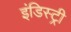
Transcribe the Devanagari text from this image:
इंडिस्ट्री